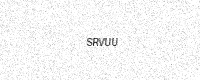
Text: SRVUU